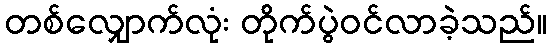
တစ်လျှောက်လုံး တိုက်ပွဲဝင်လာခဲ့သည်။